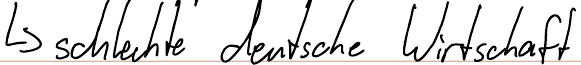
-> schlechte deutsche Wirtschaft